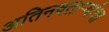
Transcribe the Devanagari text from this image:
अतिनवताऱ्यांचा